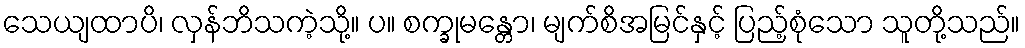
သေယျထာပိ၊ လှန်ဘိသကဲ့သို့။ ပ။ စက္ခုမန္တော၊ မျက်စိအမြင်နှင့် ပြည့်စုံသော သူတို့သည်။